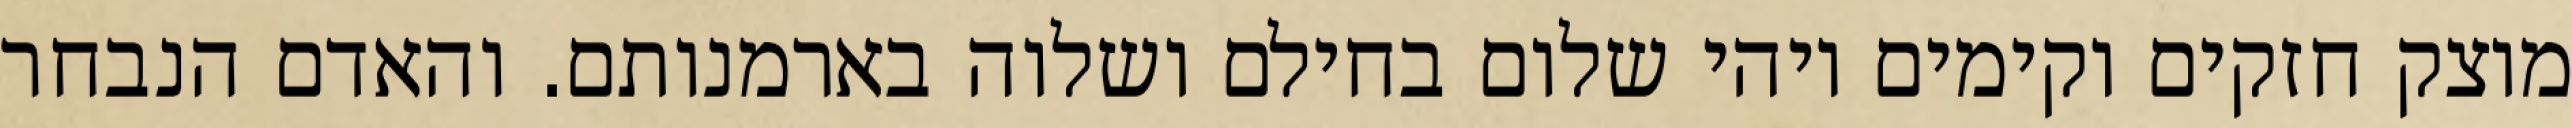
מוצק חזקים וקימים ויהי שלום בחילם ושלוה בארמנותם. והאדם הנבחר